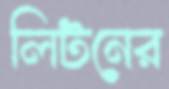
লিটনের